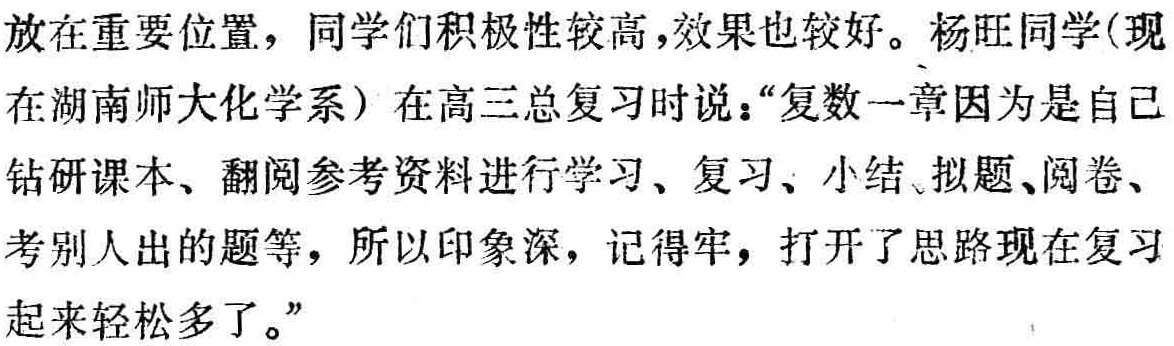
放在重要位置，同学们积极性较高，效果也较好。杨旺同学(现

在湖南师大化学系) 在高三总复习时说：“复数一章因为是自己

钻研课本、翻阅参考资料进行学习、复习、小结、拟题、阅卷、

考别人出的题等，所以印象深，记得牢，打开了思路现在复习

起来轻松多了。”